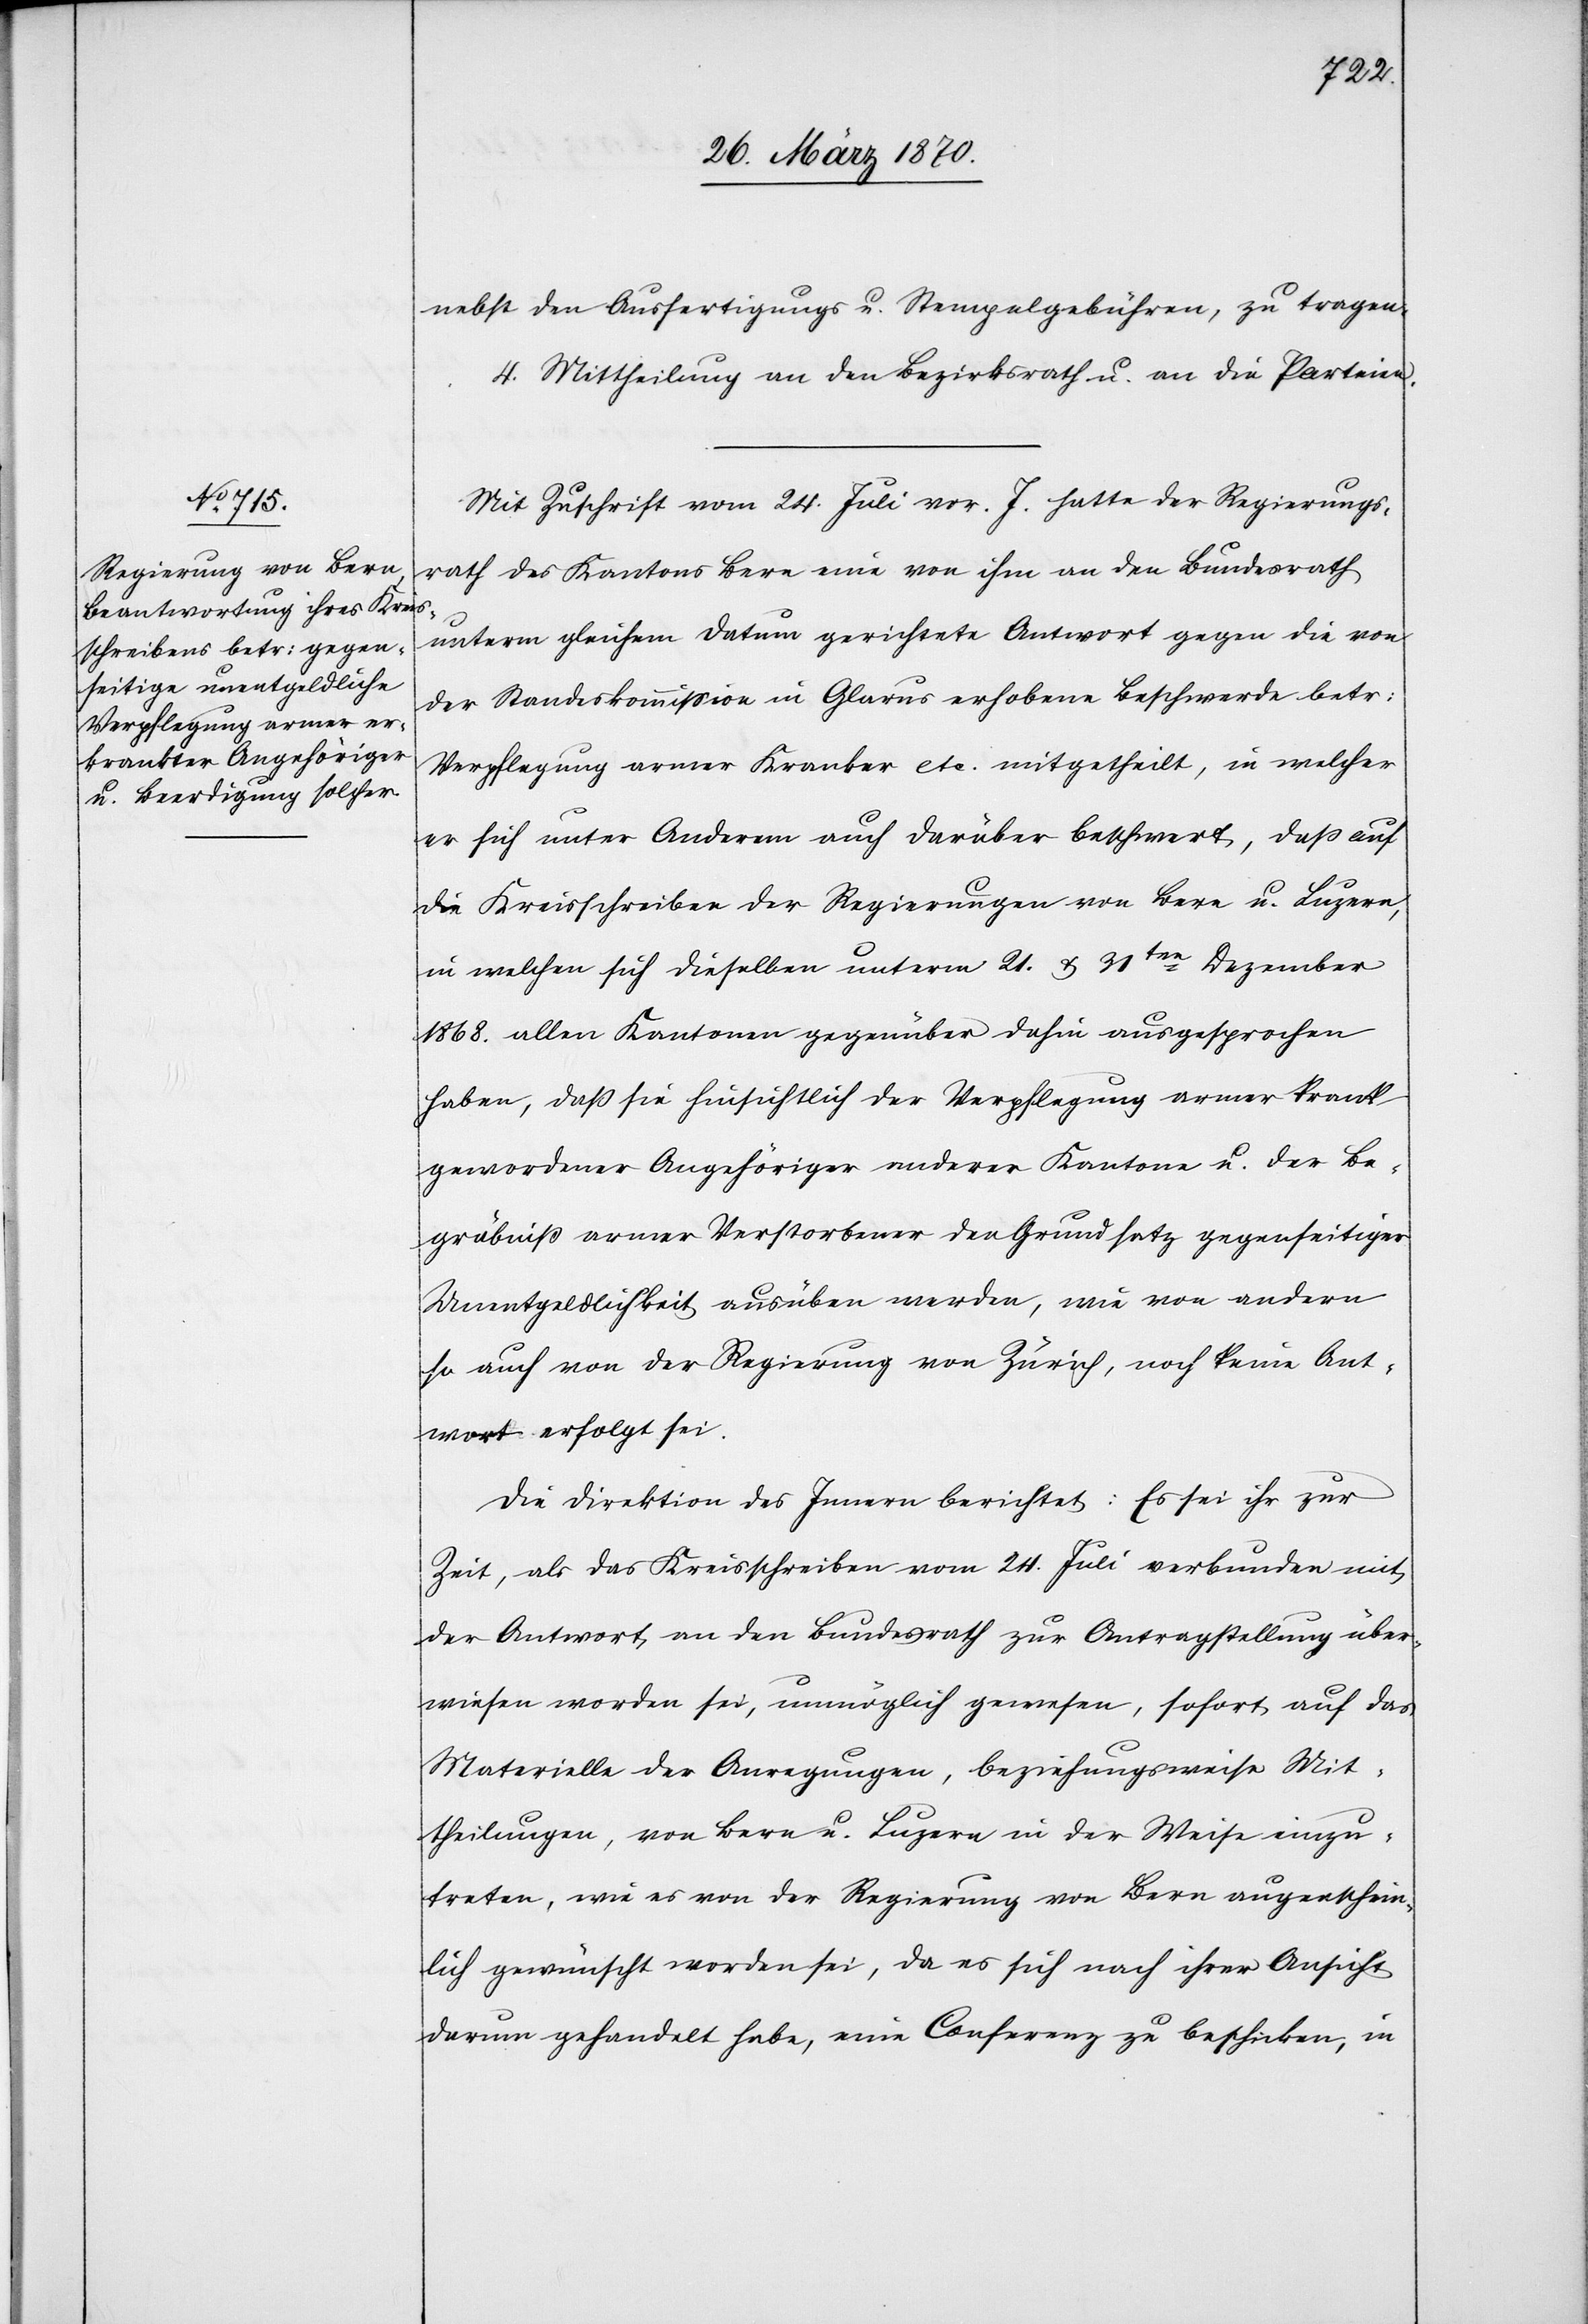
nebst den Ausfertigungs[-] u. Stempelgebühren, zu tragen.
4. Mittheilung an den Bezirksrath u. an die Parteien.
Mit Zuschrift vom 24. Juni vor. J. hatte der Regierungs¬
rath des Kantons Bern eine von ihm an den Bundesrath
unterm gleichen Datum gerichtete Antwort gegen die von
der Standeskommission in Glarus erhobene Beschwerde betr:
Verpflegung armer Kranker etc. mitgetheilt, in welcher
er sich unter Anderem auch darüber beschwert, daß auf
die Kreisschreiben der Regierungen von Bern u. Luzern,
in welchen sich dieselben unterm 21. & 31ten Dezember
1868. allen Kantonen gegenüber dahin ausgesprochen
haben, daß sie hinsichtlich der Verpflegung armer krank
gewordener Angehöriger anderer Kantone u. der Be¬
gräbniß armer Verstorbener den Grundsatz gegenseitiger
Unentgeldlichkeit ausüben werden, wie von andern
so auch von der Regierung von Zürich, noch keine Ant¬
wort erfolgt sei.
Die Direktion des Innern berichtet: Es sei ihr zur
Zeit, als das Kreisschreiben vom 24. Juli verbunden mit
der Antwort an den Bundesrath zur Antragstellung über¬
wiesen worden sei, unmöglich gewesen, sofort auf das
Materielle der Anregungen, beziehungsweise Mit¬
theilungen, von Bern u. Luzern in der Weise einzu¬
treten, wie es von der Regierung von Bern augenschein¬
lich gewünscht worden sei, da es sich nach ihrer Ansicht
darum gehandelt habe, eine Conferenz zu beschicken, in